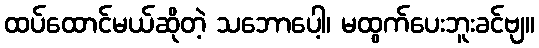
ထပ်ထောင်မယ်ဆိုတဲ့ သဘောပေါ့၊ မထွက်ပေးဘူးခင်ဗျ။